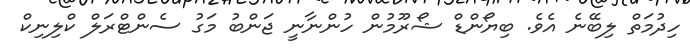
ހިދުމަތް ލިބޭނެ އެވެ. ބިޔޯންޑް ޝޯރޫމުން ހުންނާނީ ޖަންބު މަގު ސެންޓްރަލް ކްލިނިކް